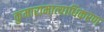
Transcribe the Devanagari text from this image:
कुमारामात्याधिकरण